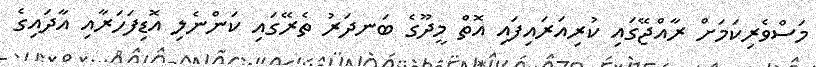
މަސްވެރިކަމަށް ރާއްޖޭގައި ކުރިއަރައިފައި އޮތް މީދޫގެ ބަނދަރު ތެރޭގައި ކަންނެލި އޮޑިފަހަރާއި އާދައިގެ